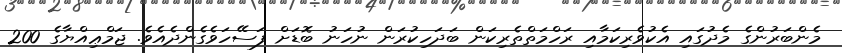
މެންބަރުންގެ މެދުގައި އެކުވެރިކަމާއި ރަހްމަތްތެރިކަން ބަދަހިކުރަން ނުހަނު ބޮޑަށް ފަސޭހަވެގެންދެއެވެ. ޖަމްޢިއްޔާގެ 200